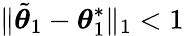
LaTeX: \lVert\tilde{{\boldsymbol{\theta}}}_{1}-{\boldsymbol{\theta}}_{1}^{*}\rVert_{1}<1